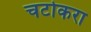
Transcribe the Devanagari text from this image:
चटोकरा